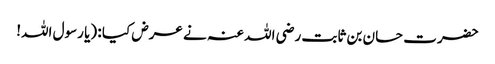
حضرت حسان بن ثابت رضی اللہ عنہ نے عرض کیا : (یا رسول اللہ!